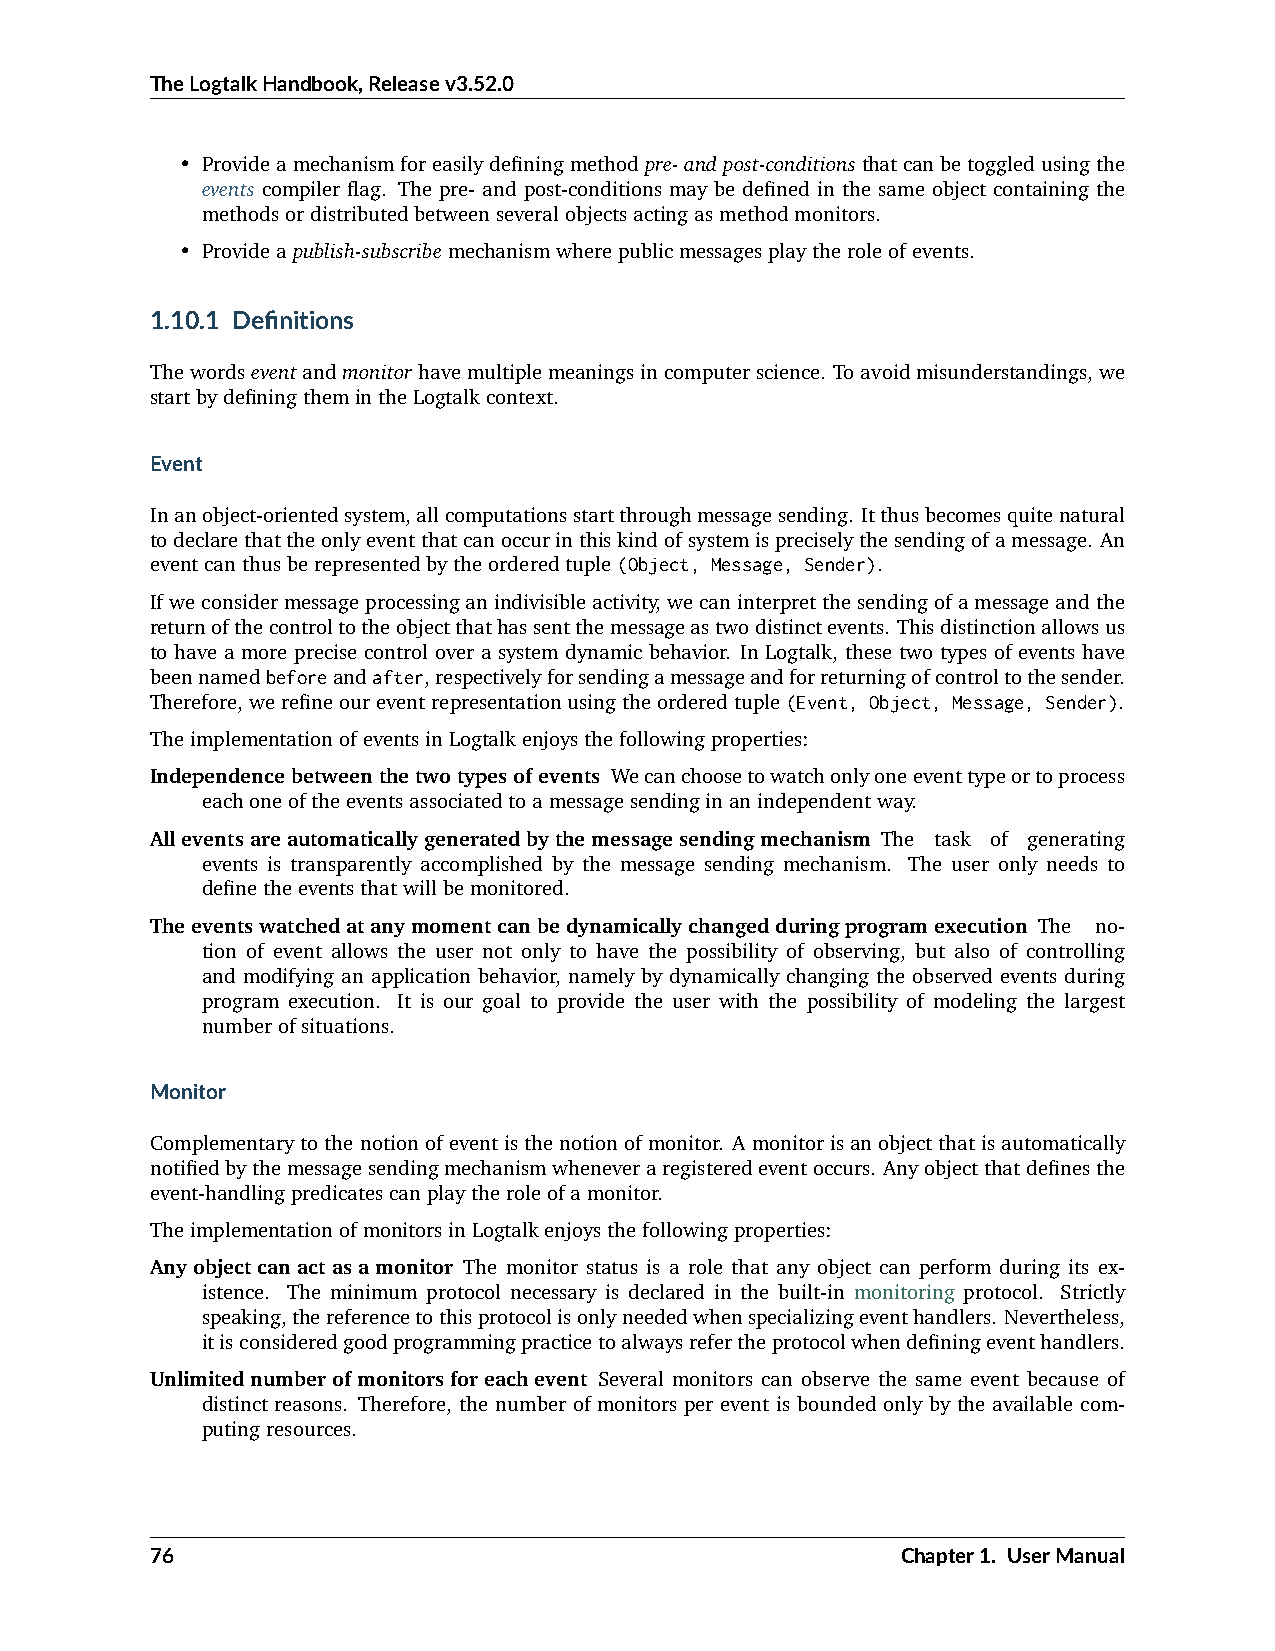
TheLogtalkHandbook,Releasev3.52.0
 • Provideamechanismforeasilydefiningmethodpre-andpost-conditionsthatcanbetoggledusingthe
 events compiler flag. The pre- and post-conditions may be defined in the same object containing the
 methodsordistributedbetweenseveralobjectsactingasmethodmonitors.
 • Provideapublish-subscribemechanismwherepublicmessagesplaytheroleofevents.
 1.10.1 Definitions
 Thewordseventandmonitorhavemultiplemeaningsincomputerscience. Toavoidmisunderstandings,we
 startbydefiningthemintheLogtalkcontext.
 Event
 Inanobject-orientedsystem,allcomputationsstartthroughmessagesending. Itthusbecomesquitenatural
 todeclarethattheonlyeventthatcanoccurinthiskindofsystemispreciselythesendingofamessage. An
 eventcanthusberepresentedbytheorderedtuple(Object, Message, Sender).
 Ifweconsidermessageprocessinganindivisibleactivity,wecaninterpretthesendingofamessageandthe
 returnofthecontroltotheobjectthathassentthemessageastwodistinctevents. Thisdistinctionallowsus
 to have a more precise control over a system dynamic behavior. In Logtalk, these two types of events have
 beennamedbeforeandafter,respectivelyforsendingamessageandforreturningofcontroltothesender.
 Therefore,werefineoureventrepresentationusingtheorderedtuple(Event, Object, Message, Sender).
 TheimplementationofeventsinLogtalkenjoysthefollowingproperties:
 Independencebetweenthetwotypesofevents Wecanchoosetowatchonlyoneeventtypeortoprocess
 eachoneoftheeventsassociatedtoamessagesendinginanindependentway.
 Alleventsareautomaticallygeneratedbythemessagesendingmechanism The task of generating
 events is transparently accomplished by the message sending mechanism. The user only needs to
 definetheeventsthatwillbemonitored.
 Theeventswatchedatanymomentcanbedynamicallychangedduringprogramexecution The no-
 tion of event allows the user not only to have the possibility of observing, but also of controlling
 and modifying an application behavior, namely by dynamically changing the observed events during
 program execution. It is our goal to provide the user with the possibility of modeling the largest
 numberofsituations.
 Monitor
 Complementarytothenotionofeventisthenotionofmonitor. Amonitorisanobjectthatisautomatically
 notifiedbythemessagesendingmechanismwheneveraregisteredeventoccurs. Anyobjectthatdefinesthe
 event-handlingpredicatescanplaytheroleofamonitor.
 TheimplementationofmonitorsinLogtalkenjoysthefollowingproperties:
 Anyobjectcanactasamonitor The monitor status is a role that any object can perform during its ex-
 istence. The minimum protocol necessary is declared in the built-in monitoring protocol. Strictly
 speaking,thereferencetothisprotocolisonlyneededwhenspecializingeventhandlers. Nevertheless,
 itisconsideredgoodprogrammingpracticetoalwaysrefertheprotocolwhendefiningeventhandlers.
 Unlimitednumberofmonitorsforeachevent Several monitors can observe the same event because of
 distinct reasons. Therefore, the number of monitors per event is bounded only by the available com-
 putingresources.
 76                                                Chapter1. UserManual